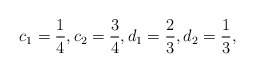
\begin{align*}c_1=\frac{1}{4}, c_2=\frac{3}{4}, d_1=\frac{2}{3}, d_2=\frac{1}{3},\end{align*}